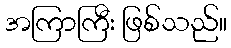
အကြာကြီး ဖြစ်သည်။